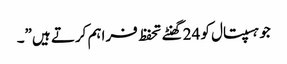
جو ہسپتال کو 24 گھنٹے تحفظ فراہم کرتے ہیں”۔